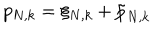
p _ { N , k } = \xi _ { N , k } + \tilde { p } _ { N , k }